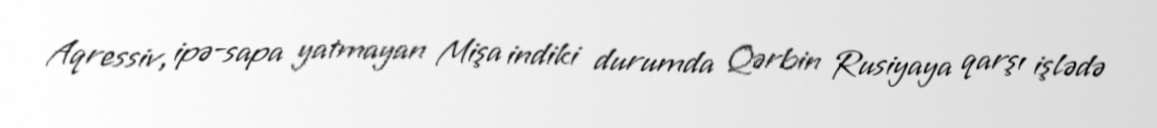
Aqressiv, ipə-sapa yatmayan Mişa indiki durumda Qərbin Rusiyaya qarşı işlədə